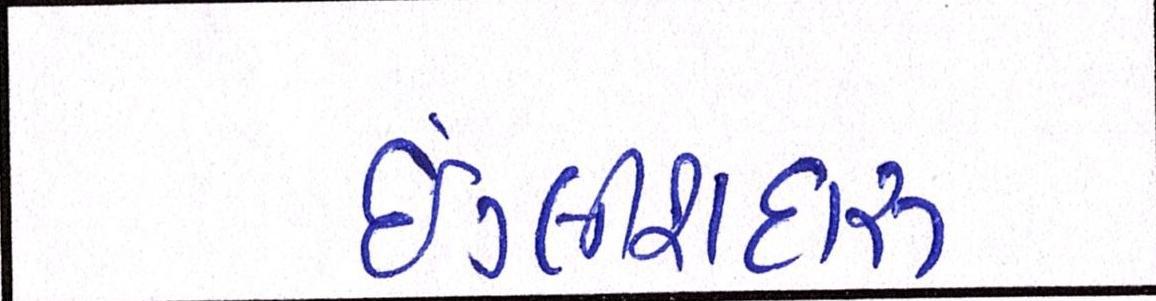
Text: ઇંગ્લીશદારૂ